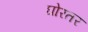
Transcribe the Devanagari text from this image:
घोरतर